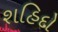
શહિદો